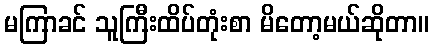
မကြာခင် သူကြီးထိပ်တုံးစာ မိတော့မယ်ဆိုတာ။